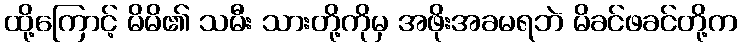
ထို့ကြောင့် မိမိ၏ သမီး သားတို့ကိုမှ အဖိုးအခမရဘဲ မိခင်ဖခင်တို့က